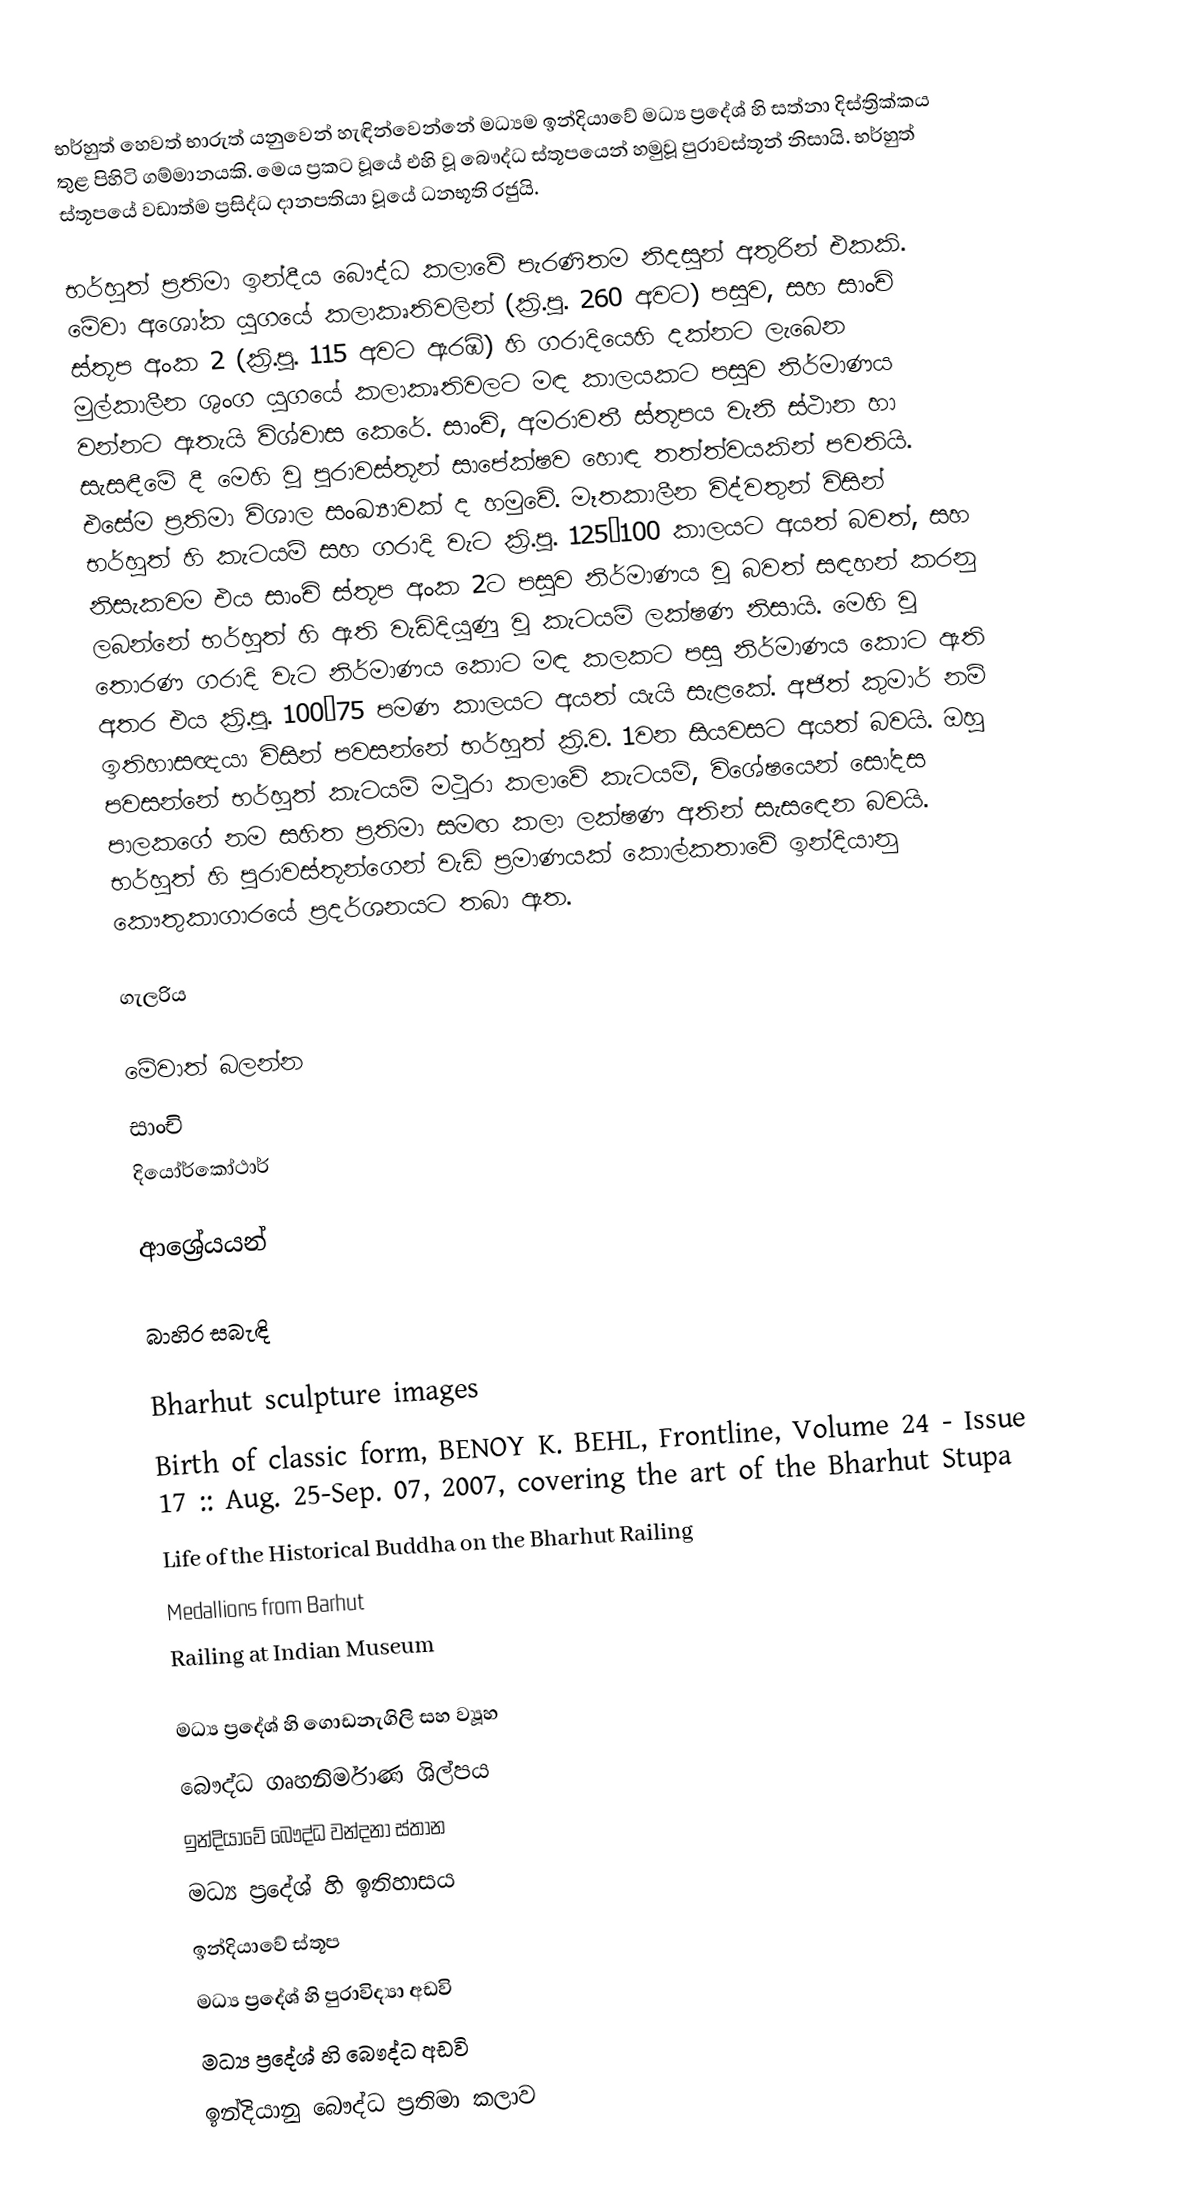
භර්හුත් හෙවත් භාරුත් යනුවෙන් හැඳින්වෙන්නේ මධ්‍යම ඉන්දියාවේ මධ්‍ය ප්‍රදේශ් හි සත්නා දිස්ත්‍රික්කය තුළ පිහිටි ගම්මානයකි. මෙය ප්‍රකට වූයේ එහි වූ බෞද්ධ ස්තූපයෙන් හමුවූ පුරාවස්තූන් නිසායි. භර්හුත් ස්තූපයේ වඩාත්ම ප්‍රසිද්ධ දානපතියා වූයේ ධනභූති රජුයි.

භර්හුත් ප්‍රතිමා ඉන්දීය බෞද්ධ කලාවේ පැරණිතම නිදසුන් අතුරින් එකකි. මේවා අශෝක යුගයේ කලාකෘතිවලින් (ක්‍රි.පූ. 260 අවට) පසුව, සහ සාංචි ස්තූප අංක 2 (ක්‍රි.පූ. 115 අවට ඇරඹි) හි ගරාදියෙහි දක්නට ලැබෙන මුල්කාලීන ශුංග යුගයේ කලාකෘතිවලට මඳ කාලයකට පසුව නිර්මාණය වන්නට ඇතැයි විශ්වාස කෙරේ. සාංචි, අමරාවතී ස්තූපය වැනි ස්ථාන හා සැසඳීමේ දී මෙහි වූ පුරාවස්තූන් සාපේක්ෂව හොඳ තත්ත්වයකින් පවතියි. එසේම ප්‍රතිමා විශාල සංඛ්‍යාවක් ද හමුවේ. මෑතකාලීන විද්වතුන් විසින් භර්හුත් හි කැටයම් සහ ගරාදි වැට ක්‍රි.පූ. 125–100 කාලයට අයත් බවත්, සහ නිසැකවම එය සාංචි ස්තූප අංක 2ට පසුව නිර්මාණය වූ බවත් සඳහන් කරනු ලබන්නේ භර්හුත් හි ඇති වැඩිදියුණු වූ කැටයම් ලක්ෂණ නිසායි. මෙහි වූ තොරණ ගරාදි වැට නිර්මාණය කොට මඳ කලකට පසු නිර්මාණය කොට ඇති අතර එය ක්‍රි.පූ. 100–75 පමණ කාලයට අයත් යැයි සැළකේ. අජිත් කුමාර් නම් ඉතිහාසඥයා විසින් පවසන්නේ භර්හුත් ක්‍රි.ව. 1වන සියවසට අයත් බවයි. ඔහු පවසන්නේ භර්හුත් කැටයම් මථුරා කලාවේ කැටයම්, විශේෂයෙන් සෝදස පාලකගේ නම සහිත ප්‍රතිමා සමඟ කලා ලක්ෂණ අතින් සැසඳෙන බවයි. භර්හුත් හි පුරාවස්තූන්ගෙන් වැඩි ප්‍රමාණයක් කොල්කතාවේ ඉන්දියානු කෞතුකාගාරයේ ප්‍රදර්ශනයට තබා ඇත.

ගැලරිය

මේවාත් බලන්න
 සාංචි
 දියෝර්කෝථාර්

ආශ්‍රේයයන්

බාහිර සබැඳි

 Bharhut sculpture images
 Birth of classic form, BENOY K. BEHL, Frontline, Volume 24 - Issue 17 :: Aug. 25-Sep. 07, 2007,  covering the art of the Bharhut Stupa
 Life of the Historical Buddha on the Bharhut Railing
 Medallions from Barhut
 Railing at Indian Museum

මධ්‍ය ප්‍රදේශ් හි ගොඩනැගිලි සහ ව්‍යූහ
බෞද්ධ ගෘහනිර්මාණ ශිල්පය
ඉන්දියාවේ බෞද්ධ වන්දනා ස්තාන
මධ්‍ය ප්‍රදේශ් හි ඉතිහාසය
ඉන්දියාවේ ස්තූප
මධ්‍ය ප්‍රදේශ් හි පුරාවිද්‍යා අඩවි
මධ්‍ය ප්‍රදේශ් හි බෞද්ධ අඩවි
ඉන්දියානු බෞද්ධ ප්‍රතිමා කලාව